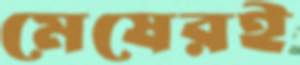
মেষেরই